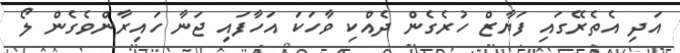
އަދި އެތެރޭގައި ފަޔާޒް ހުރެގެން ދެއްކި ވާހަކަ އަހާފައި ޖަނާ ހައިރާންވެގެން ލޯ